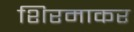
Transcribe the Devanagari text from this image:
शिरमाकर